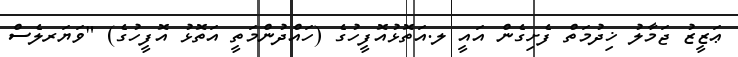
ޢަޒީޒު ޖަމާލު ޚިދުމަތް ފެށިގެން އައީ ލ.އަތޮޅުއޮފީހުގެ (ހައްދުންމަތީ އަތޮޅު އޮފީހުގެ) "ވަޔަރލެސް